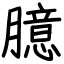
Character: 臆